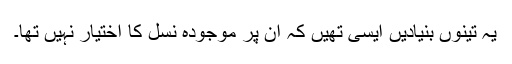
یہ تینوں بنیادیں ایسی تھیں کہ ان پر موجودہ نسل کا اختیار نہیں تھا۔